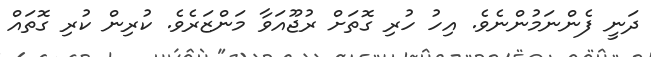
ދަނީ ފެންނަމުންނެވެ. އިހު ހުރި ގޮތަށް ރުޖޫއަވާ މަންޒަރެވެ. ކުރިން ކުރި ގޮތައް